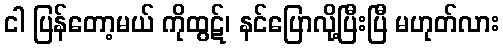
ငါ ပြန်တော့မယ် ကိုထွဋ်၊ နင်ပြောလို့ပြီးပြီ မဟုတ်လား